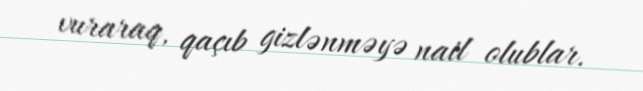
vuraraq, qaçıb gizlənməyə nail olublar.